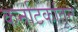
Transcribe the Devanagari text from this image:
कर्नाटकांतून